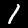
Label: 1